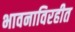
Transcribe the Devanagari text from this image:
भावनाविरहीत